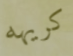
كريهه